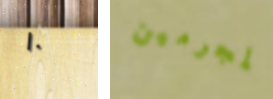
١٠ المجرمين